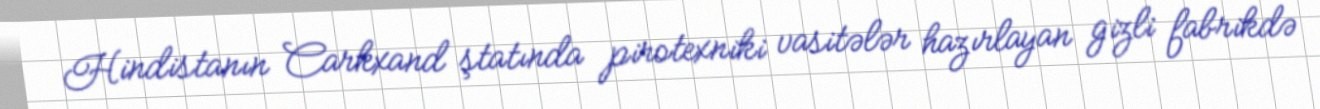
Hindistanın Carkxand ştatında pirotexniki vasitələr hazırlayan gizli fabrikdə